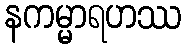
နကမ္မာရဟဿ